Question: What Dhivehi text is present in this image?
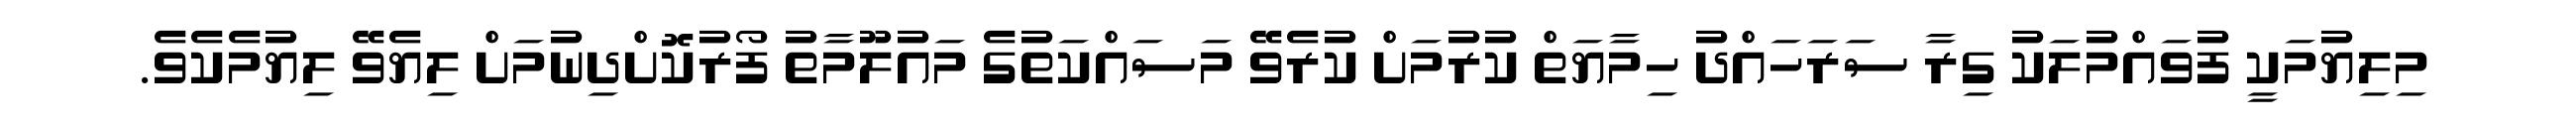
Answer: މިލިޔުމަކީ ފުވައްމުލަކު ގިރާ ސަރަހައްދު ހިމާޔަތް ކުރުމަށް ކުރެވޭ މަސައްކަތުގެ މައުލޫމާތު ފޯރުކޮށްދިނުމަށް ލިޔެވޭ ލިޔުމެކެވެ.